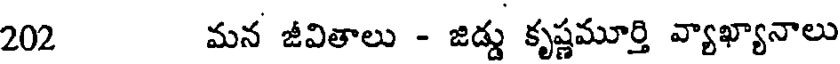
202 మన జీవితాలు - జిడ్డు కృష్ణమూర్తి వ్యాఖ్యానాలు